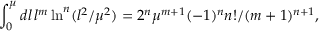
\int _ { 0 } ^ { \mu } d l \, l ^ { m } \ln ^ { n } ( l ^ { 2 } / \mu ^ { 2 } ) = 2 ^ { n } \mu ^ { m + 1 } ( - 1 ) ^ { n } n ! / ( m + 1 ) ^ { n + 1 } ,